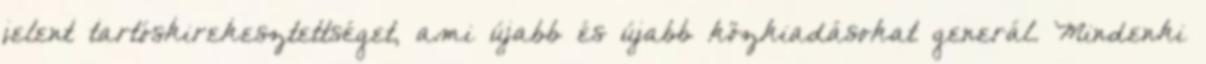
jelent tartóskirekesztettséget, ami újabb és újabb közkiadásokat generál. Mindenki